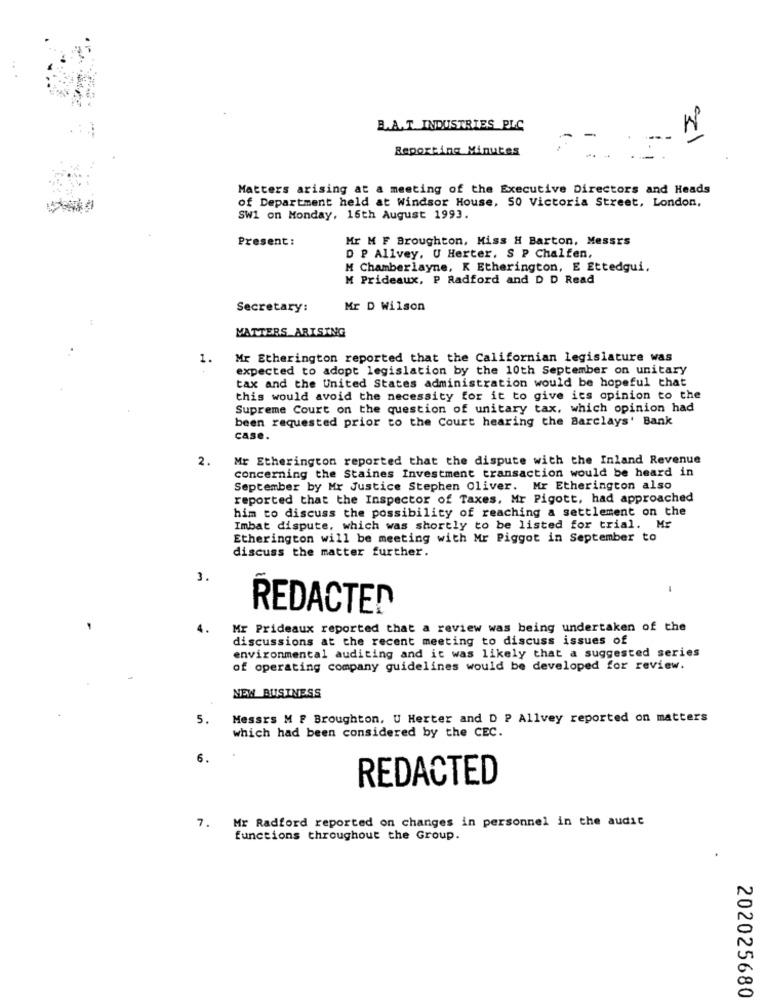
B.A.T. INDUSTRIES PLC
Reporting Minutes
Matters arising at a meeting of the Executive Directors and Heads
of Department held at Windsor House, 50 Victoria Street, London,
SW1 on Monday, 16th August 1993.
Present:
Mr M F Broughton, Miss H Barton, Messrs
D P Alivey. U Herter. S P Chalfen,
M Chamberlayne, K Etherington, E Ettedgui.
M Prideaux, P Radford and D D Read
Secretary:
Mr D Wilson
MATTERS_ARISING
1.
Mr Etherington reported that the Californian legislature was
expected to adopt legislation by the 10th September on unitary
tax and the United States administration would be hopeful that
this would avoid the necessity for it to give its opinion to the
Supreme Court on the question of unitary tax, which opinion had
been requested prior to the Court hearing the Barclays' Bank
case.
2.
Mr Etherington reported that the dispute with the Inland Revenue
concerning the Staines Investment transaction would be heard in
September by Mr Justice Stephen Oliver. Mr Etherington also
reported that the Inspector of Taxes, Mr Pigott, had approached
him to discuss the possibility of reaching a settlement on the
Imbat dispute, which was shortly to be listed for trial. Mr
Etherington will be meeting with Mr Piggot in September to
discuss the matter further.
3.
-
REDACTED
4.
Mr Prideaux reported that a review was being undertaken of the
discussions at the recent meeting to discuss issues of
environmental auditing and it was likely that a suggested series
of operating company guidelines would be developed for review.
NEW BUSINESS
5.
Messrs M F Broughton, U Herter and D P Allvey reported on matters
which had been considered by the CEC.
6.
REDACTED
Mr Radford reported on changes in personnel in the audit
7.
functions throughout the Group.
202025680